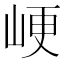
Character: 峺